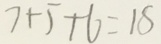
7 + 5 + 6 = 1 5